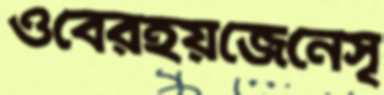
ওবেরহয়জেনেসৃ